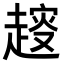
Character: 𧼭